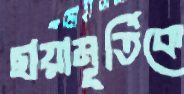
ছায়ামূর্তিকে